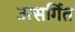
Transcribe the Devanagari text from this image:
उत्सर्गित